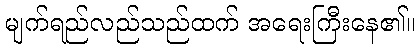
မျက်ရည်လည်သည်ထက် အရေးကြီးနေ၏။